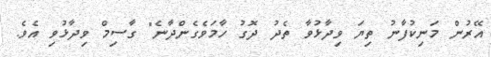
އޭރުން މަނިކުފާނު ތިޔަ ވިދާޅުވާ ތެދު ދޮގު ހާމަވެގެންދާނެ" ގާސިމް ވިދާޅުވި އެވެ.